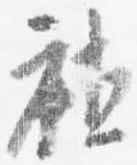
社